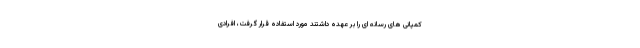
کمپانی های رسانه ای را بر عهده داشتند مورد استفاده قرار گرفت، افرادی